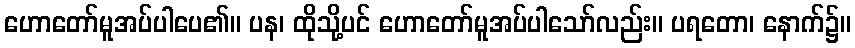
ဟောတော်မူအပ်ပါပေ၏။ ပန၊ ထိုသို့ပင် ဟောတော်မူအပ်ပါသော်လည်း။ ပရတော၊ နောက်၌။